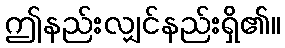
ဤနည်းလျှင်နည်းရှိ၏။